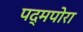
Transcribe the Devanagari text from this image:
पद्मपोरा